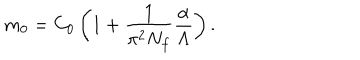
m _ { 0 } = C _ { 0 } \left( 1 + \frac { 1 } { \pi ^ { 2 } N _ { f } } { \frac { \alpha } { \Lambda } } \right) .